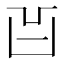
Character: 𠙿